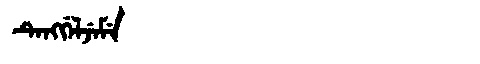
Manchu: ᡨᡝᠩᡤᡝᠯᠵᡝᠮᡝ
Romanization: TENGGELJEME